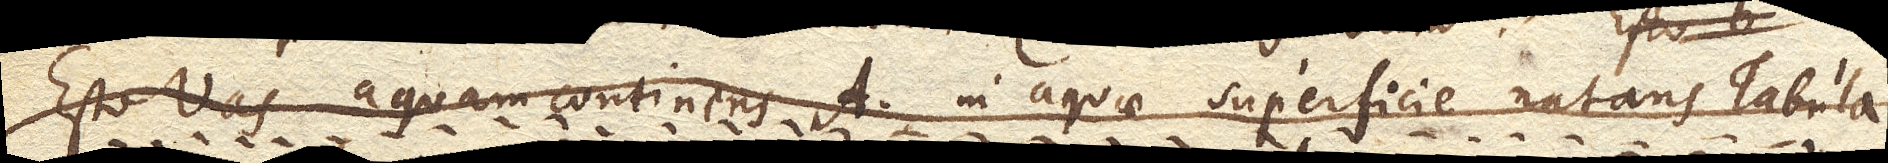
Esto vas aquam continens A. in aquae superficie natans Tabula